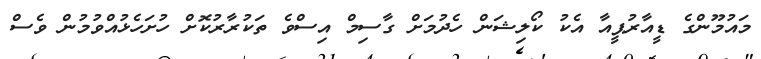
މައުމޫންގެ ޑީއާރުޕީއާ އެކު ކޯލިޝަން ހެދުމަށް ގާސިމް އިސްވެ ތަކުރާރުކޮށް ހުށަހެޅުއްވުމުން ވެސް